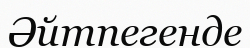
Әйтпегенде